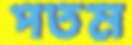
পতম